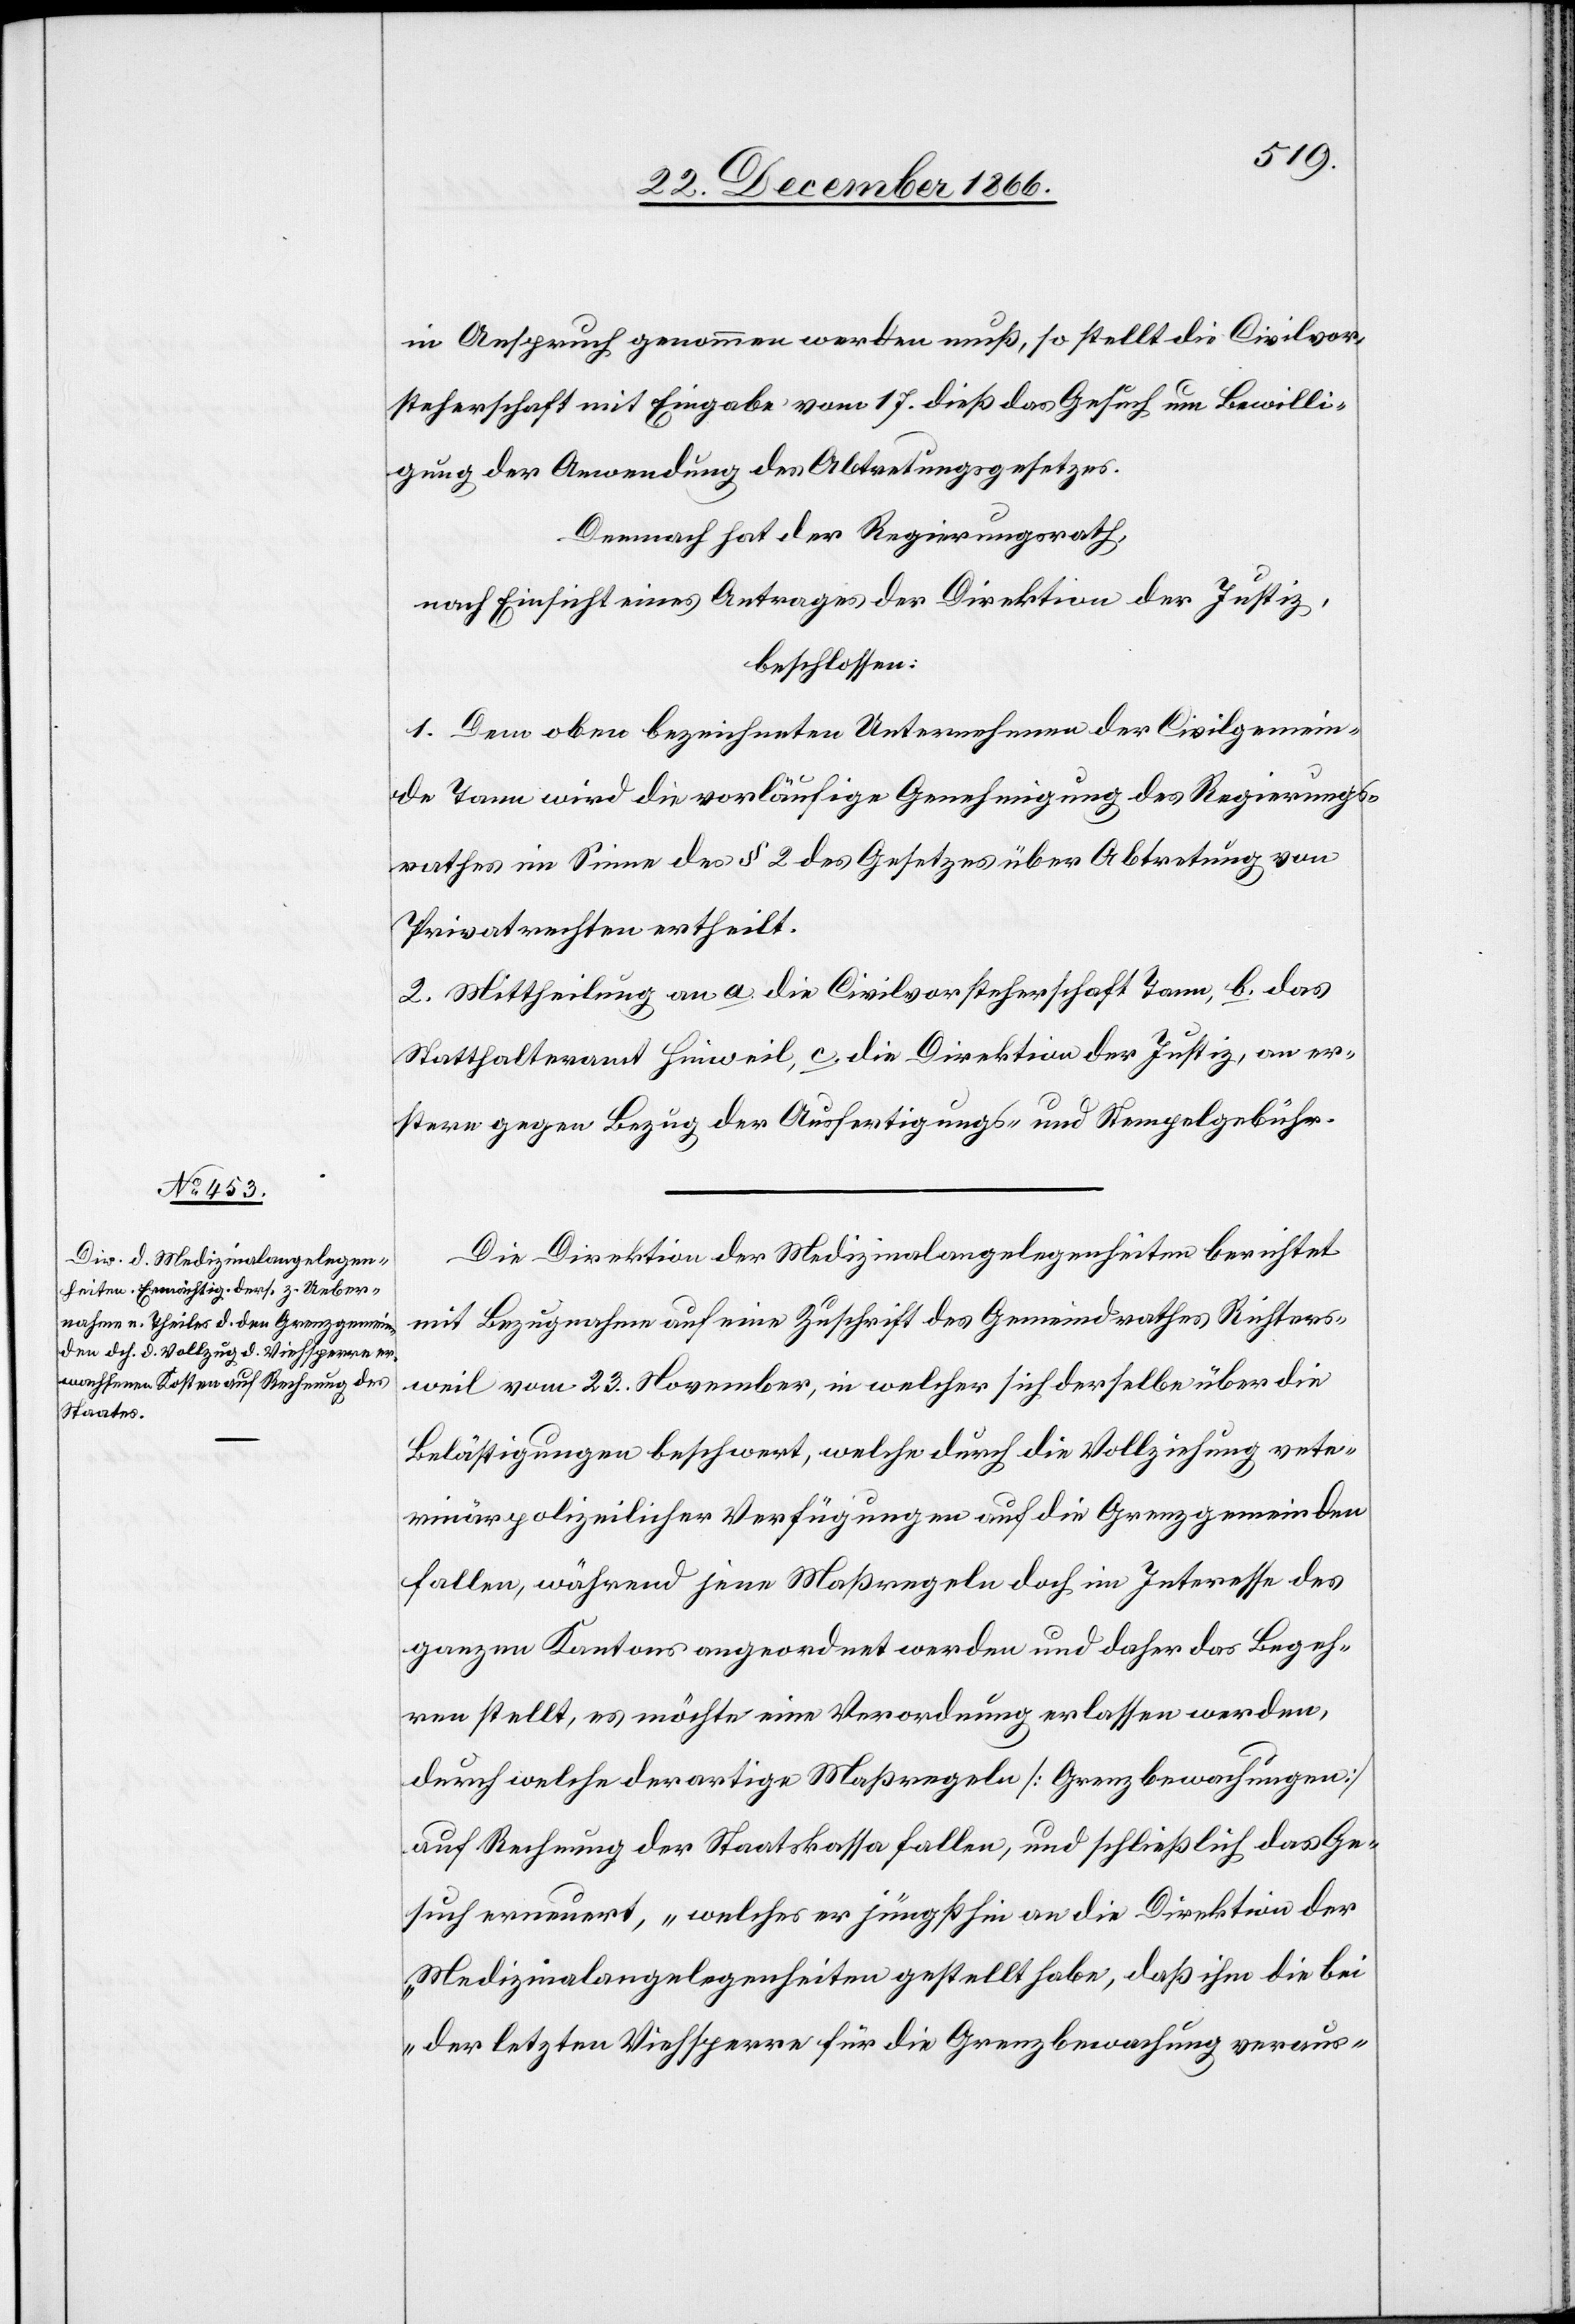
in Anspruch genommen werden muß, so stellt die Civilvor¬
steherschaft mit Eingabe vom 17. dieß das Gesuch um Bewilli¬
gung der Anwendung des Abtretungsgesetzes.
Demnach hat der Regierungsrath,
nach Einsicht eines Antrages der Direktion der Justiz,
beschlossen:
1. Dem oben bezeichneten Unternehmen der Civilgemein¬
de Tann wird die vorläufige Genehmigung des Regierungs¬
rathes im Sinne des § 2 des Gesetzes über Abtretung von
Privatrechten ertheilt.
2. Mittheilung an a. die Civilvorsteherschaft Tann, b. das
Statthalteramt Hinweil, c. die Direktion der Justiz, an er¬
stere gegen Bezug der Ausfertigungs- und Stempelgebühr.
Die Direktion der Medizinalangelegenheiten berichtet
mit Bezugnahme auf eine Zuschrift des Gemeindrathes Richters¬
weil vom 23. November, in welcher sich derselbe über die
Belästigungen beschwert, welche durch die Vollziehung vete¬
rinärpolizeilicher Verfügungen auf die Grenzgemeinden
fallen, während jene Maßregeln doch im Interesse des
ganzen Kantons angeordnet werden und daher das Begeh¬
ren stellt, es möchte eine Verordnung erlassen werden,
durch welche derartige Maßregeln [Grenzbewachungen]
auf Rechnung der Staatskassa fallen, und schließlich das Ge¬
such erneuert, „welches er jüngsthin an die Direktion der
Medizinalangelegenheiten gestellt habe, daß ihm die bei
der letzten Viehsperre für die Grenzbewachung veraus-